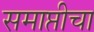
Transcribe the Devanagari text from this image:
समाप्तीचा